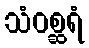
သံဝစ္ဆရံ